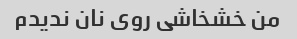
من خشخاشی روی نان ندیدم